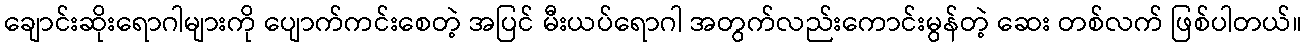
ချောင်းဆိုးရောဂါများကို ပျောက်ကင်းစေတဲ့ အပြင် မီးယပ်ရောဂါ အတွက်လည်းကောင်းမွန်တဲ့ ဆေး တစ်လက် ဖြစ်ပါတယ်။